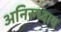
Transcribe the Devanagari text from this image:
अनिरुध्दाय